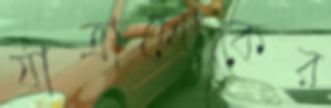
যাত্রালোকের